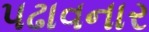
પઢાવનાર